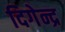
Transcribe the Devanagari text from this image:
दिगेन्द्र